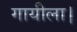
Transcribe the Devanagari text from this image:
गायीला।